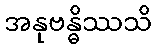
အနုဗန္ဓိဿသိ